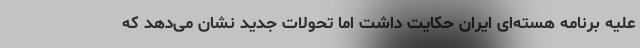
علیه برنامه هسته‌ای ایران حکایت داشت اما تحولات جدید نشان می‌دهد که